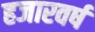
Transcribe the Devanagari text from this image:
हजारवर्ष